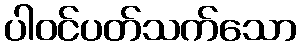
ပါဝင်ပတ်သက်သော